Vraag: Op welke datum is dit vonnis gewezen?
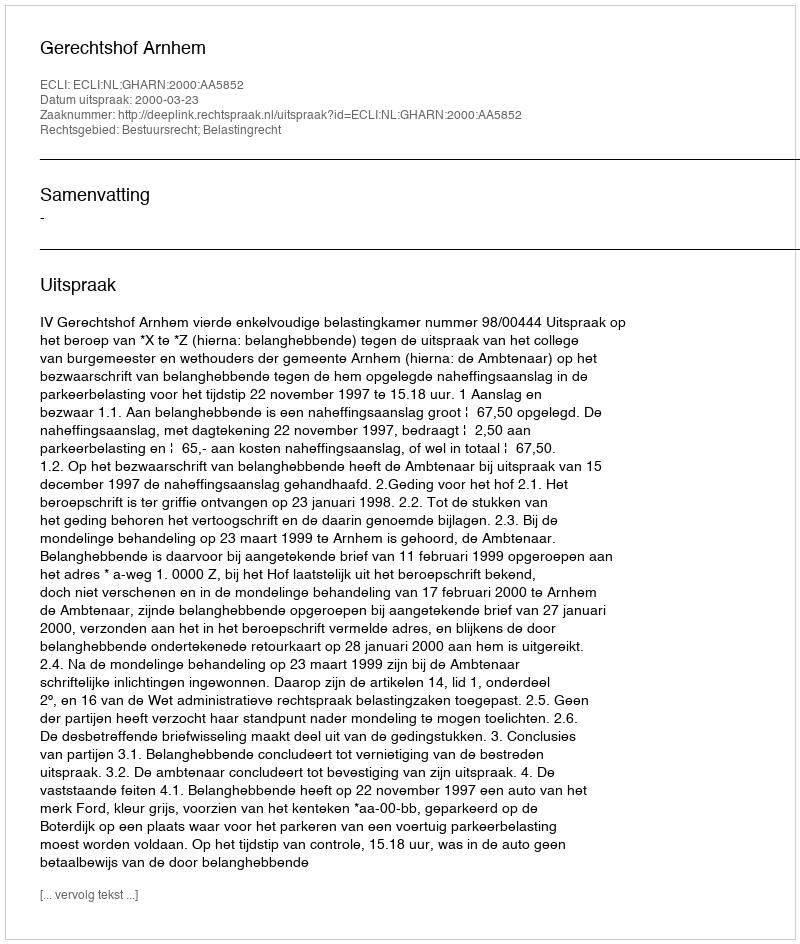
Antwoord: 2000-03-23